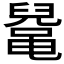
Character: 𱌅